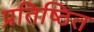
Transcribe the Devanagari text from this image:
प्रतिष्ठित